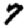
Digit: 7